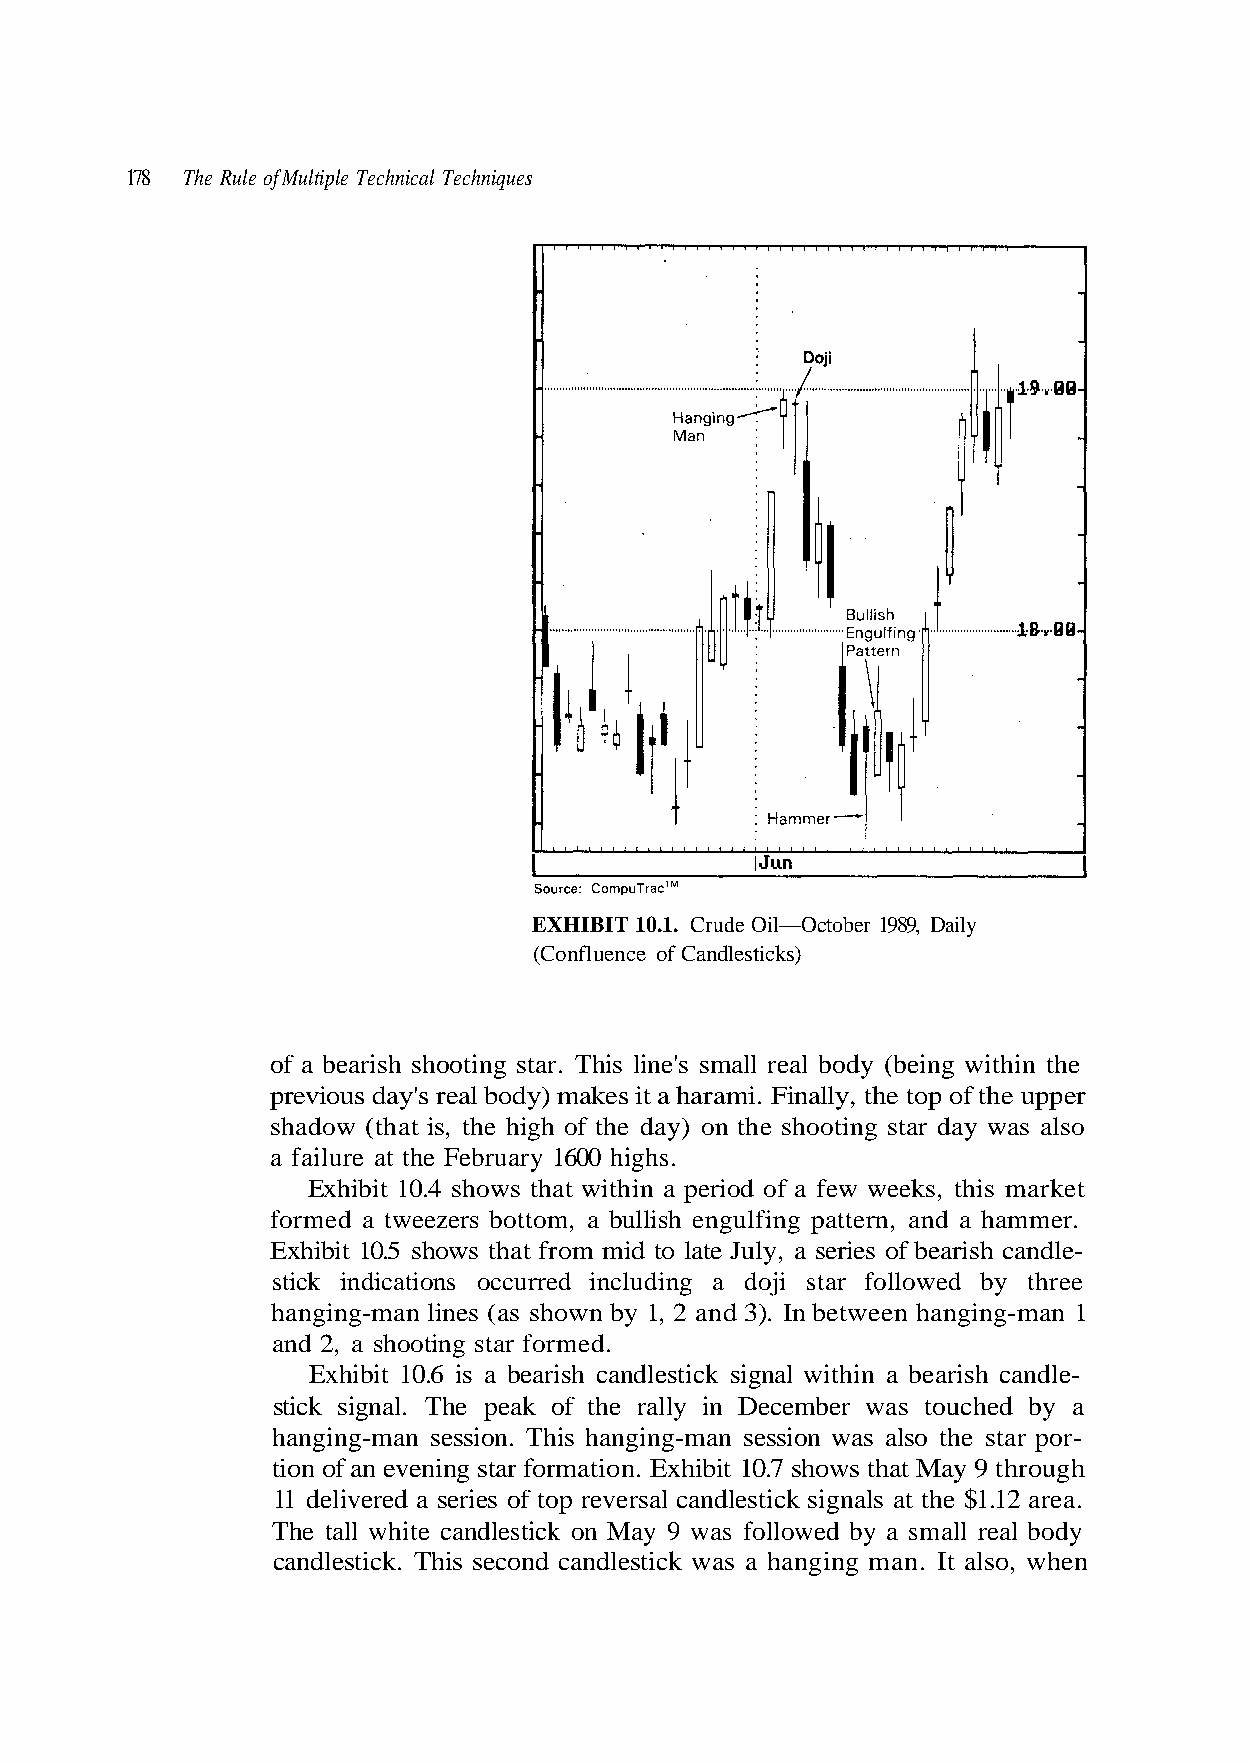
178 The Rule of Multiple Technical Techniques
 EXHIBIT 10.1. Crude Oil—October 1989, Daily
 (Confluence of Candlesticks)
 of a bearish shooting star. This line's small real body (being within the
 previous day's real body) makes it a harami. Finally, the top of the upper
 Exhibit 10.4 shows that within a period of a few weeks, this market
 hanging-man lines (as shown by 1, 2 and 3). In between hanging-man 1
 stick signal. The peak of the rally in December was touched by a
 The tall white candlestick on May 9 was followed by a small real body
 candlestick. This second candlestick was a hanging man. It also, when
 o s l a s a w y a d r a t s g n i t o o h s e h t
 h
 n
 g u
 o
 o r h
 )
 t
 y
 9
 a
 y a
 d
 M t
 e
 a h
 h
 t
 t
 ws
 f
 o h
 o
 s 7
 h
 er.
 0.
 a.
 shadow (that is, the hig
 a failure at the February 1600 highs.
 formed a tweezers bottom, a bullish engulfing pattern, and a hamm
 Exhibit 10.5 shows that from mid to late July, a series of bearish candle-
 stick indications occurred including a doji star followed by three
 and 2, a shooting star formed.
 Exhibit 10.6 is a bearish candlestick signal within a bearish candle-
 hanging-man session. This hanging-man session was also the star por-
 tion of an evening star formation. Exhibit 1
 11 delivered a series of top reversal candlestick signals at the $1.12 are